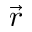
\vec { r }